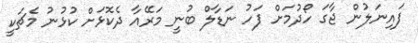
ފައިނަލުން ޖާގަ ހޯދުމަށް ފަހު ނަޑާލް ބުނީ މަރޭއާ ދެކޮޅަށް ކުޅުނު މެޗަކީ